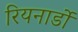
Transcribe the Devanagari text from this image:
रियनार्डो